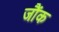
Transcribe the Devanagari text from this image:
जौंक